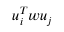
u _ { i } ^ { T } w u _ { j }